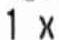
1 X